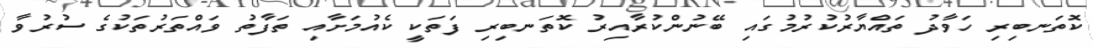
ކޮތަނބިރި ހަވާދު ތައްޔާރުކުރުމުގައި ބޭނުންކުރާއިރު ކޮތަނބިރި ފަތަކީ ކެއުމަށާއި ތަފާތު ވައްތަރުތަކުގެ ސުރުވާ